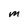
Character: M